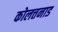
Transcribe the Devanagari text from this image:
कोलत्तनाड